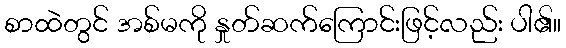
စာထဲတွင် အစ်မကို နှုတ်ဆက်ကြောင်းဖြင့်လည်း ပါ၏။